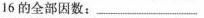
16的全部因数：___